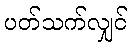
ပတ်သက်လျှင်